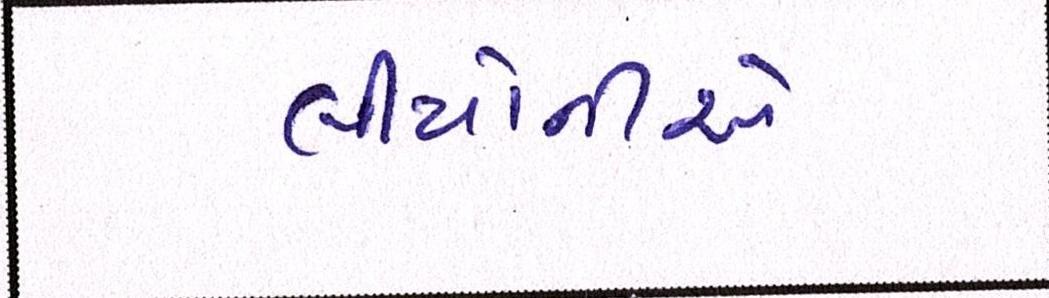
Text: લીયોનીએ